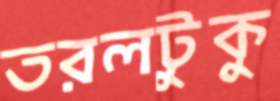
তরলটুকু